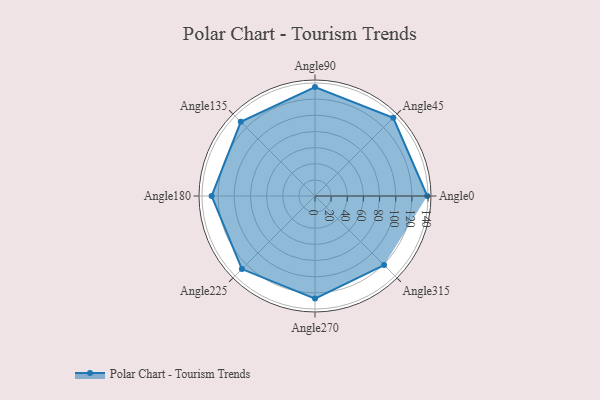
{"axis": {"x": "Angle", "y": "Radius"}, "legend": [""], "data": [{"x": "Angle0", "y": 139.0, "type": ""}, {"x": "Angle45", "y": 137.0, "type": ""}, {"x": "Angle90", "y": 135.0, "type": ""}, {"x": "Angle135", "y": 130.0, "type": ""}, {"x": "Angle180", "y": 128.0, "type": ""}, {"x": "Angle225", "y": 128.0, "type": ""}, {"x": "Angle270", "y": 127.0, "type": ""}, {"x": "Angle315", "y": 121.0, "type": ""}]}